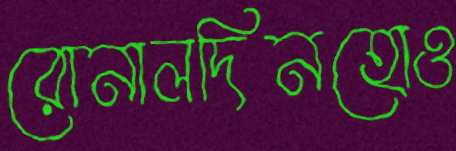
রোনালদিনহোও